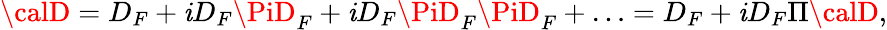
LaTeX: {\calD}=D_{F}+\mathit{i}D_{F}\PiD_{F}+\mathit{i}D_{F}\PiD_{F}\PiD_{F}+\ldots=D_{F}+\mathit{i}D_{F}\Pi{\calD},